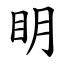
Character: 眀